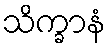
သိက္ခာနံ